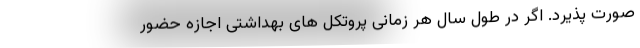
صورت پذیرد. اگر در طول سال هر زمانی پروتکل های بهداشتی اجازه حضور